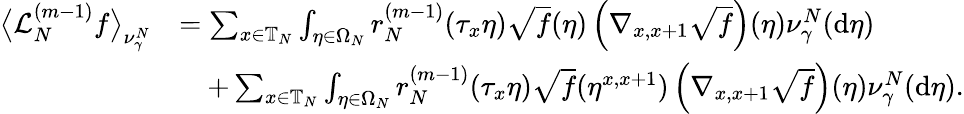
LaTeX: \begin{array}{rl}{\big\langle\mathcal{L}_{N}^{(m-1)}f\big\rangle_{\nu_{\gamma}^{N}}}&{=\sum_{x\in\mathbb{T}_{N}}\int_{\eta\in\Omega_{N}}r_{N}^{(m-1)}(\tau_{x}\eta)\sqrt{f}(\eta)\left(\nabla_{x,x+1}\sqrt{f}\right)(\eta)\nu_{\gamma}^{N}(\mathrm{d}\eta)}\\ &{\quad+\sum_{x\in\mathbb{T}_{N}}\int_{\eta\in\Omega_{N}}r_{N}^{(m-1)}(\tau_{x}\eta)\sqrt{f}(\eta^{x,x+1})\left(\nabla_{x,x+1}\sqrt{f}\right)(\eta)\nu_{\gamma}^{N}(\mathrm{d}\eta).}\end{array}